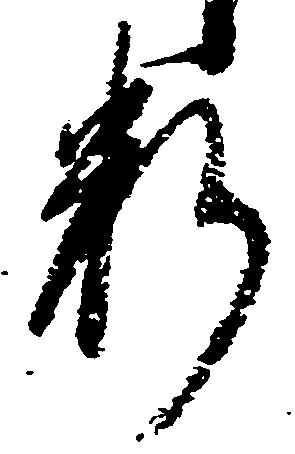
料